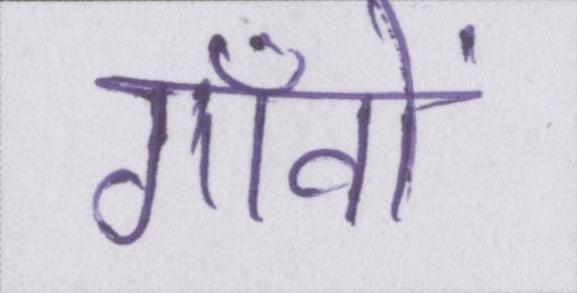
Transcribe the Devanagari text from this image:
गाँवों